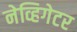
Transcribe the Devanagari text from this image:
नेव्हिगेटर